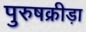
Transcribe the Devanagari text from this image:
पुरुषक्रीड़ा